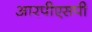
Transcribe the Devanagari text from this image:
आरपीएसपी